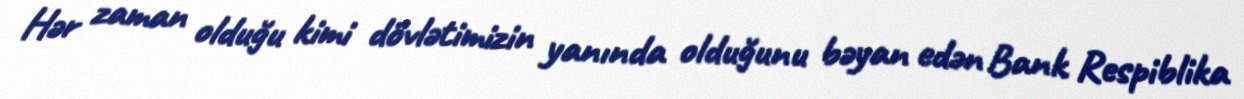
Hər zaman olduğu kimi dövlətimizin yanında olduğunu bəyan edən Bank Respiblika